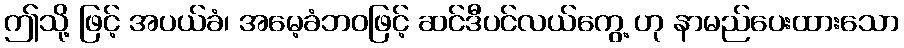
ဤသို့ ဖြင့် အပယ်ခံ၊ အမေ့ခံဘဝဖြင့် ဆင်ဒီပင်လယ်ကွေ့ ဟု နာမည်ပေးထားသော